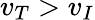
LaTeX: v_{T}>v_{I}